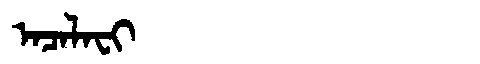
Manchu: ᠠᠴᠠᠯᠠᠸᡳ
Romanization: ACALAFI